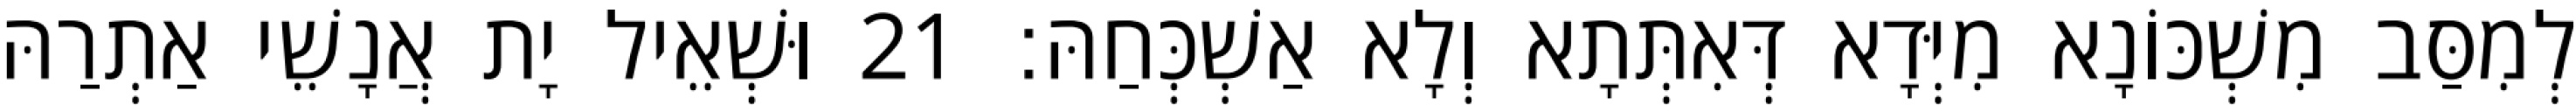
לְמִסַּב מִשְׁכּוֹנָא מִיְּדָא דְּאִתְּתָא וְלָא אַשְׁכְּחַהּ׃ 21 וּשְׁאֵיל יָת אֲנָשֵׁי אַתְרַהּ